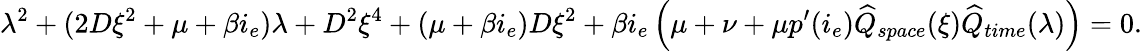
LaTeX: \lambda^{2}+(2D\xi^{2}+\mu+\beta i_{e})\lambda+D^{2}\xi^{4}+(\mu+\beta i_{e})D\xi^{2}+\beta i_{e}\left(\mu+\nu+\mu p^{\prime}(i_{e})\widehat{Q}_{space}(\xi)\widehat{Q}_{time}(\lambda)\right)=0.